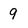
Character: 9